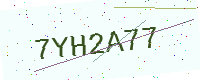
Text: 7YH2A77